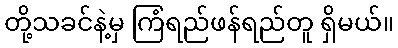
တို့သခင်နဲ့မှ ကြံရည်ဖန်ရည်တူ ရှိမယ်။